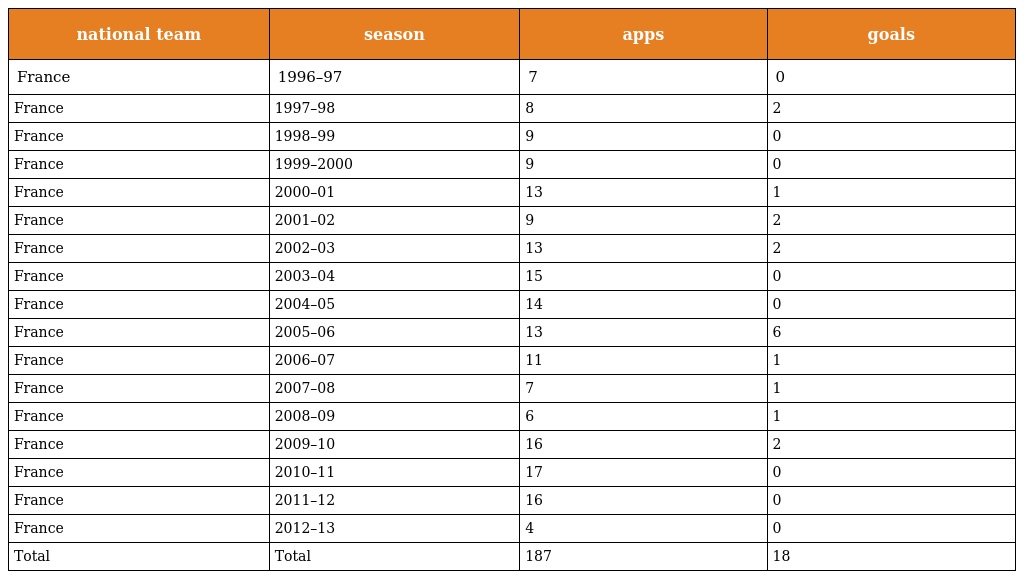
| national team | season | apps | goals |
 | --- | --- | --- | --- |
 | France | 1996–97 | 7 | 0 |
 | France | 1997–98 | 8 | 2 |
 | France | 1998–99 | 9 | 0 |
 | France | 1999–2000 | 9 | 0 |
 | France | 2000–01 | 13 | 1 |
 | France | 2001–02 | 9 | 2 |
 | France | 2002–03 | 13 | 2 |
 | France | 2003–04 | 15 | 0 |
 | France | 2004–05 | 14 | 0 |
 | France | 2005–06 | 13 | 6 |
 | France | 2006–07 | 11 | 1 |
 | France | 2007–08 | 7 | 1 |
 | France | 2008–09 | 6 | 1 |
 | France | 2009–10 | 16 | 2 |
 | France | 2010–11 | 17 | 0 |
 | France | 2011–12 | 16 | 0 |
 | France | 2012–13 | 4 | 0 |
 | Total | Total | 187 | 18 |